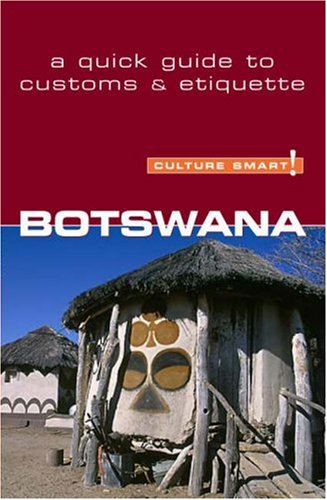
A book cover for Botswana - Culture Smart!: a quick guide to customs & etiquette; Michael Main; History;